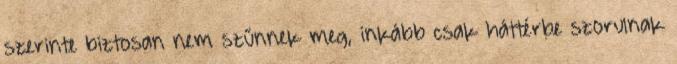
szerinte biztosan nem szűnnek meg, inkább csak háttérbe szorulnak